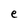
Character: e